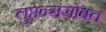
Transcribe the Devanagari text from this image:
लुप्तन्ससोबत